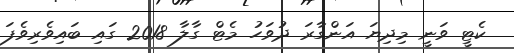
ކެޓީ ވަނީ މިިދިޔަ އަންގާރަ ދުވަހު މެޓް ގާލާ 2018 ގައި ބައިވެރިވެފަ